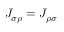
J _ { \sigma \rho } = J _ { \rho \sigma }